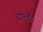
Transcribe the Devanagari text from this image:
दालें।